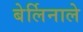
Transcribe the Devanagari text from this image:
बेर्लिनाले